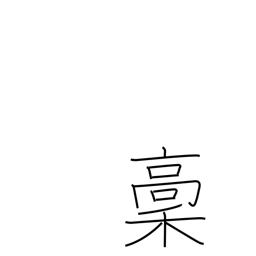
Meaning: rough copy